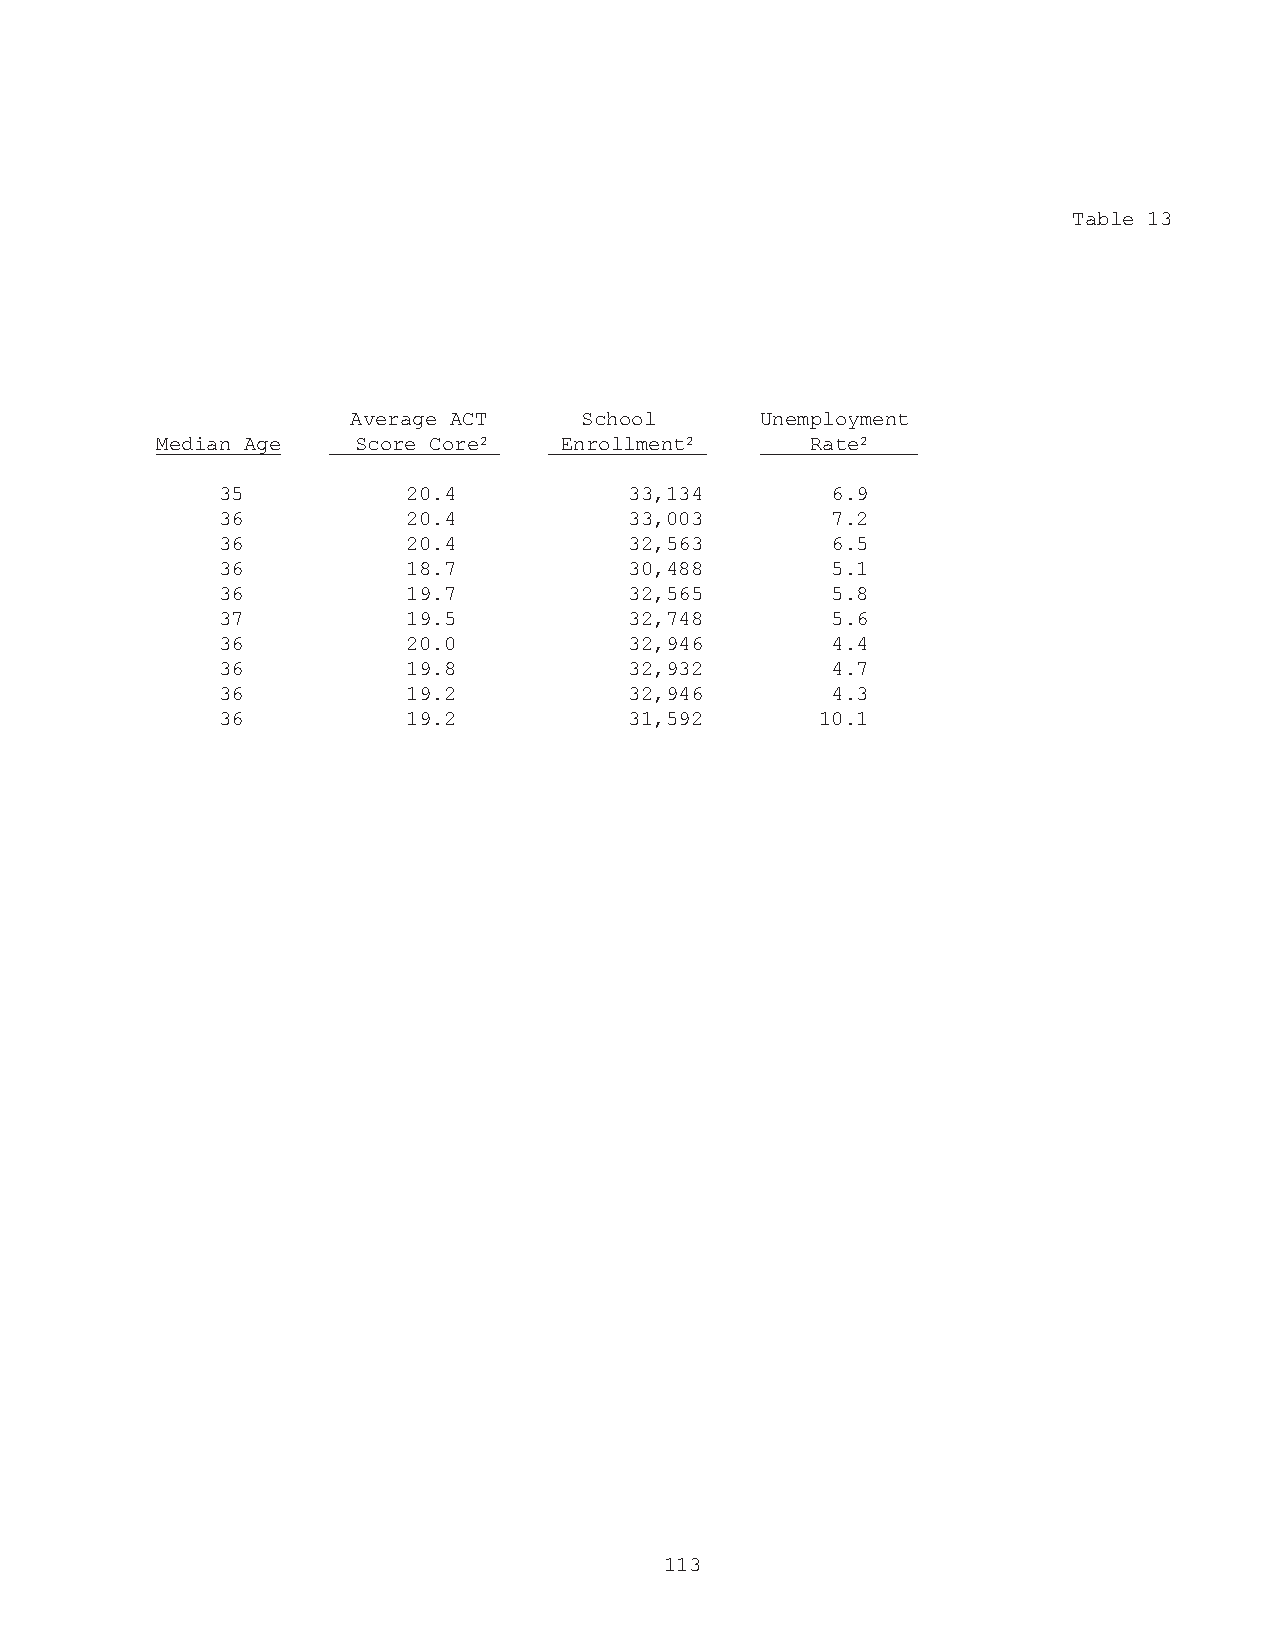
Table 13
 Average ACT    School      Unemployment
 Median Age   Score Core2   Enrollment2      Rate2
 35           20.4           33,134       6.9
 36           20.4           33,003       7.2
 36           20.4           32,563       6.5
 36           18.7           30,488       5.1
 36           19.7           32,565       5.8
 37           19.5           32,748       5.6
 36           20.0           32,946       4.4
 36           19.8           32,932       4.7
 36           19.2           32,946       4.3
 36           19.2           31,592      10.1
 113